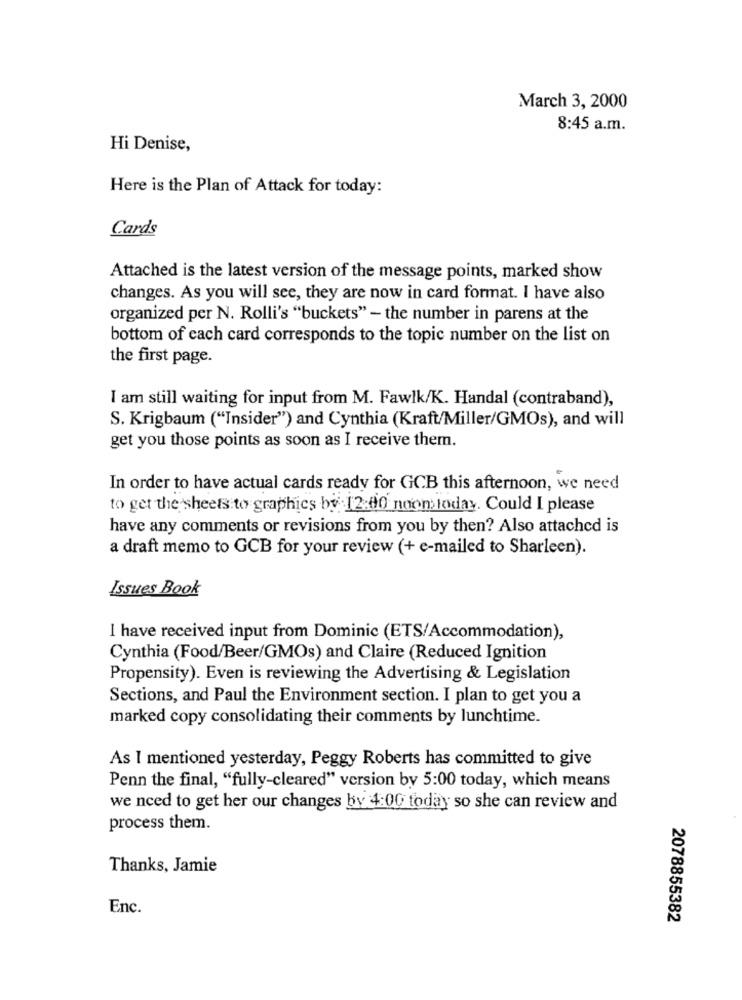
March 3, 2000
8:45 a.m.
Hi Denise,
Here is the Plan of Attack for today:
Cards
Attached is the latest version of the message points, marked show
changes. As you will see, they are now in card format. I have also
organized per N. Rolli's "buckets" - the number in parens at the
bottom of cach card corresponds to the topic number on the list on
the first page.
I am still waiting for input from M. Fawlk/K. Handal (contraband),
S. Krigbaum ("Insider") and Cynthia (Kraft/Miller/GMOs), and will
get you those points as soon as I receive them.
In order to have actual cards ready for GCB this afternoon, we need
to get the sheets to graphics by 12:00 noon today. Could I please
have any comments or revisions from you by then? Also attached is
a draft memo to GCB for your review (+ e-mailed to Sharleen).
Issues Book
I have received input from Dominic (ETS/Accommodation),
Cynthia (Food/Beer/GMOs) and Claire (Reduced Ignition
Propensity). Even is reviewing the Advertising & Legislation
Sections, and Paul the Environment section. I plan to get you a
marked copy consolidating their comments by lunchtime.
As I mentioned yesterday, Peggy Roberts has committed to give
Penn the final, "fully-cleared" version by 5:00 today, which means
we need to get her our changes by 4:00 today so she can review and
process them.
Thanks, Jamie
Enc.
2078855382